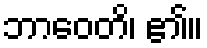
ဘာဝေတိ၊ ၏။